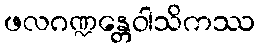
ဖလဂဏ္ဍန္တေဝါသိကဿ